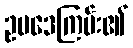
ဥပဒေကြမ်း၏